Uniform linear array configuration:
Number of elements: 12
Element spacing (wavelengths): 0.75
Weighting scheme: binomial
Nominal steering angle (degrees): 60
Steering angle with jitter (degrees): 60.373
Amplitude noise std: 0.05
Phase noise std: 0.05

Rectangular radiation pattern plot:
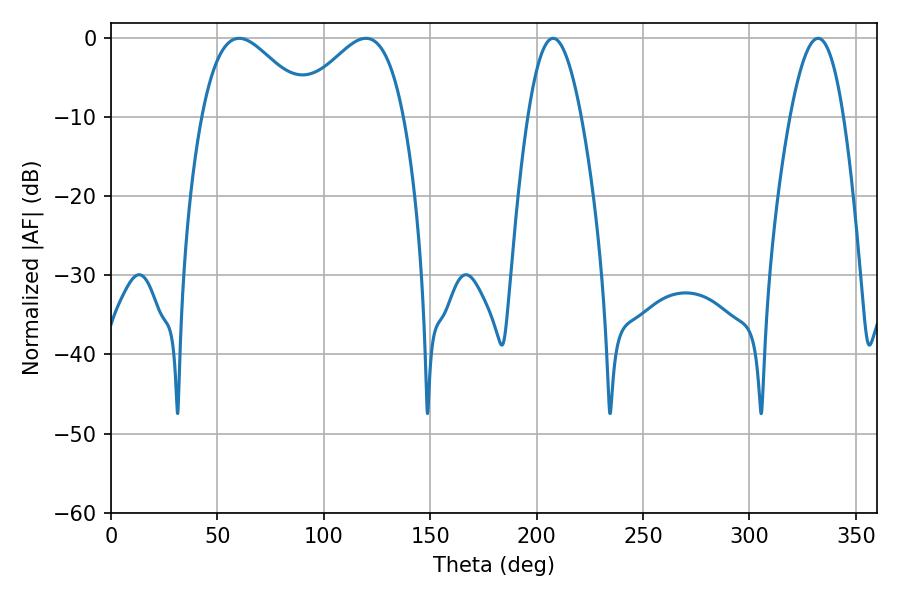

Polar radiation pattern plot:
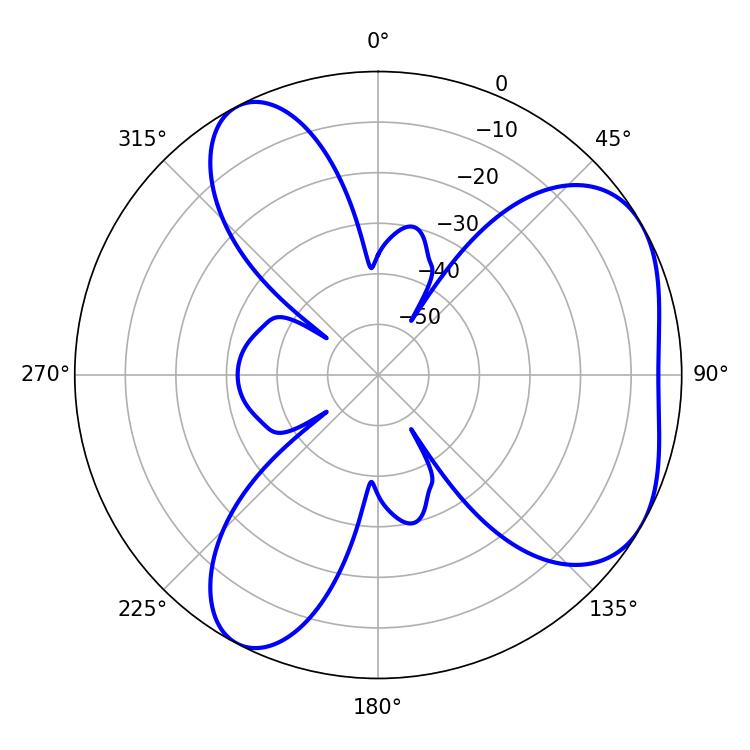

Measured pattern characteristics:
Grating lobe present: TRUE
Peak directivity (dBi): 4.813
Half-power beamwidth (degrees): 13.68
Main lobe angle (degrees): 207.72